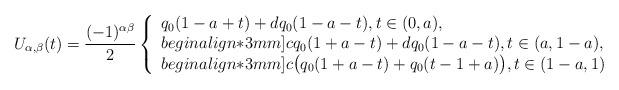
LaTeX: \begin{align*}\displaystyle U_{\alpha,\beta}(t)=\frac{(-1)^{\alpha\beta}}{2}\left\{\begin{array}{l}\displaystyle q_{0}(1-a+t)+dq_{0}(1-a-t), t\in (0,a), \\begin{align*}3mm]\displaystyle cq_{0}(1+a-t)+dq_{0}(1-a-t), t\in (a,1-a), \\begin{align*}3mm]\displaystyle c\big(q_{0}(1+a-t)+q_{0}(t-1+a)\big), t\in (1-a,1)\end{array}\right.\end{align*}